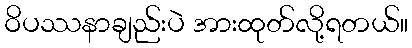
ဝိပဿနာချည်းပဲ အားထုတ်လို့ရတယ်။